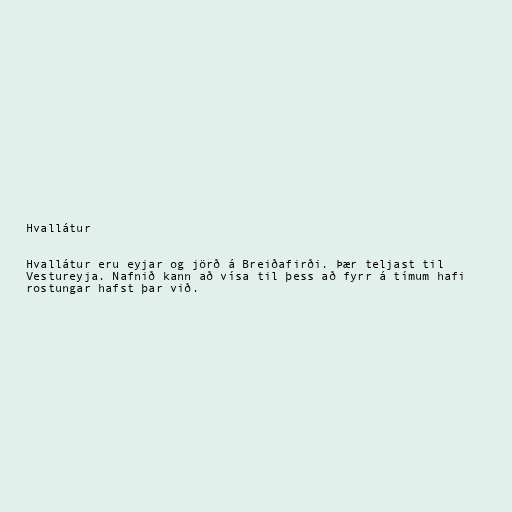
Hvallátur

Hvallátur eru eyjar og jörð á Breiðafirði. Þær teljast til
Vestureyja. Nafnið kann að vísa til þess að fyrr á tímum hafi
rostungar hafst þar við.